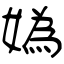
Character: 嬀